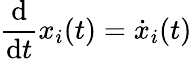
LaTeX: \frac{\mathrm d}{\mathrm dt}x_{i}(t)=\dot{x}_{i}(t)